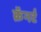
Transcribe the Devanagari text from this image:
क्रॅनर्ट